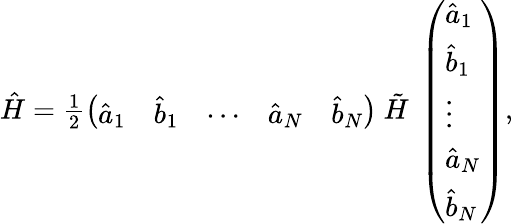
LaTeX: \begin{array}{r}{\hat{H}=\frac{1}{2}\left(\begin{array}{lllll}{\hat{a}_{1}}&{\hat{b}_{1}}&{\cdots}&{\hat{a}_{N}}&{\hat{b}_{N}}\end{array}\right)~\tilde{H}~\left(\begin{array}{l}{\hat{a}_{1}}\\ {\hat{b}_{1}}\\ {\vdots}\\ {\hat{a}_{N}}\\ {\hat{b}_{N}}\end{array}\right),}\end{array}